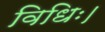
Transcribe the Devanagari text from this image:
विधिः।